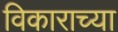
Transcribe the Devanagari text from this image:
विकाराच्या